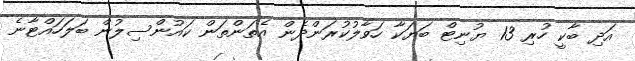
އަދި ބާކީ ހުރި 13 ޔުނިޓް ބަޔަކާ ހަވާލުކުރަންދެން އެތަންތަން ކައުންސިލުން ބަލަހައްޓާނެ